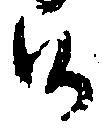
御